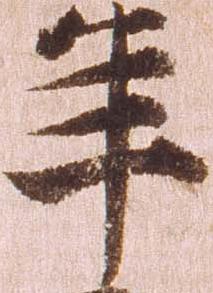
年